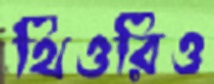
থিওরিও